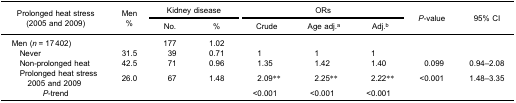
<table><thead><tr><td rowspan="3"><b>Prolonged heat stress(2005 and 2009)</b></td><td rowspan="3"><b>Men%</b></td><td colspan="2"><b>Kidney disease</b></td><td colspan="3"><b>ORs</b></td><td rowspan="3"><b><i>P</i>-value</b></td><td rowspan="3"><b>95% CI</b></td></tr><tr><td><b>No.</b></td><td><b>%</b></td><td><b>Crude</b></td><td><b>Age adj.<sup>a</sup></b></td><td><b>Adj.<sup>b</sup></b></td></tr></thead><tbody><tr><td>Men (<i>n</i> = 17 402)</td><td> </td><td>177</td><td>1.02</td><td> </td><td> </td><td> </td><td> </td><td> </td></tr><tr><td> Never</td><td>31.5</td><td>39</td><td>0.71</td><td>1</td><td>1</td><td>1</td><td> </td><td> </td></tr><tr><td> Non-prolonged heat</td><td>42.5</td><td>71</td><td>0.96</td><td>1.35</td><td>1.42</td><td>1.40</td><td>0.099</td><td>0.94–2.08</td></tr><tr><td> Prolonged heat stress​2005 and 2009</td><td>26.0</td><td>67</td><td>1.48</td><td>2.09**</td><td>2.25**</td><td>2.22**</td><td>&lt;0.001</td><td>1.48–3.35</td></tr><tr><td><i>P</i>-trend</td><td> </td><td> </td><td> </td><td>&lt;0.001</td><td>&lt;0.001</td><td>&lt;0.001</td><td> </td><td> </td></tr></tbody></table>